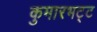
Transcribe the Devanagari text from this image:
कुमारभट्ट